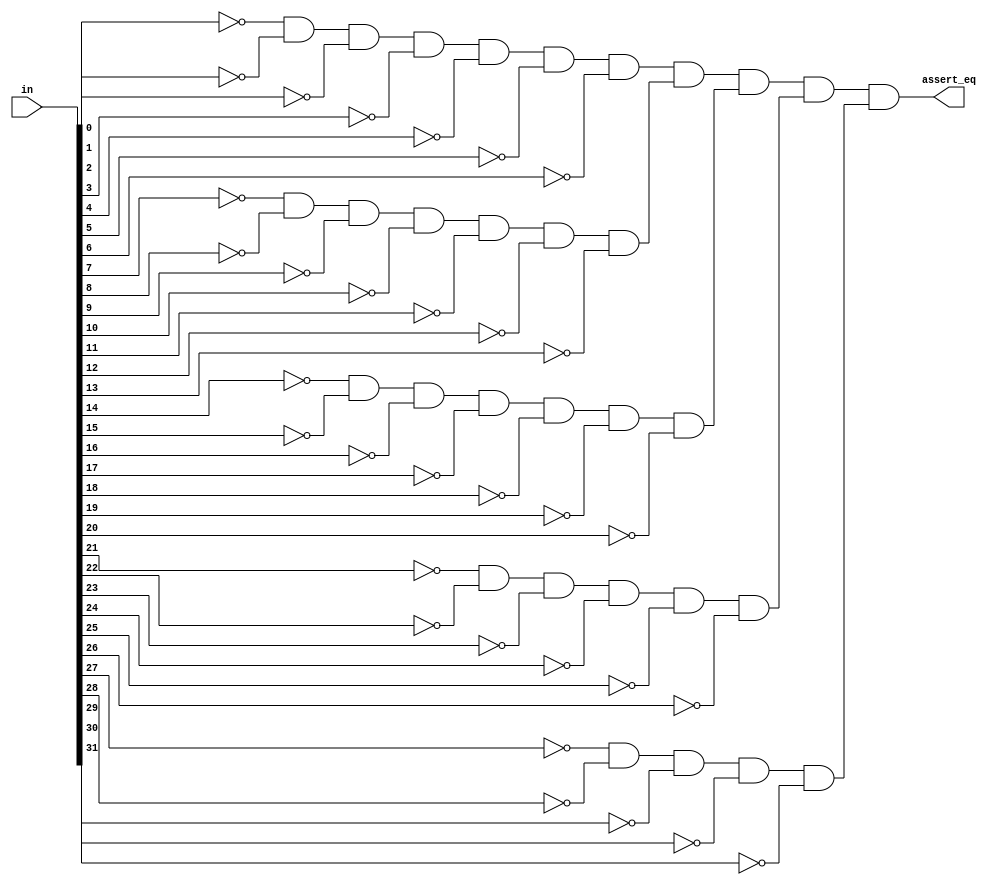
module check_eq(in, assert_eq);

	/* outputs 1 if all bits of in = 0, otherwise outputs 0 */
	
	input[31:0] in;
	output assert_eq;
	
	/* Check all bits are 0 */
	
	wire[31:0] nin;
	
	genvar i;
	
	generate
		for (i = 0; i <= 31; i = i + 1) begin: loop1
			not noti(nin[i], in[i]);
		end
	endgenerate
	
	wire check1, check2, check3, check4, check5;
	and and1(check1, nin[0], nin[1], nin[2], nin[3], nin[4], nin[5], nin[6]);
	and and2(check2, nin[7], nin[8], nin[9], nin[10], nin[11], nin[12], nin[13]);
	and and3(check3, nin[14], nin[15], nin[16], nin[17], nin[18], nin[19], nin[20]);
	and and4(check4, nin[21], nin[22], nin[23], nin[24], nin[25], nin[26]);
	and and5(check5, nin[27], nin[28], nin[29], nin[30], nin[31]);
	
	and finalcombination(assert_eq, check1, check2, check3, check4, check5);
	

endmodule